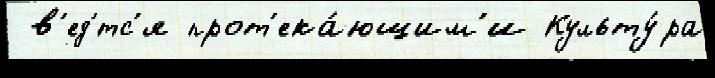
 в'ед'́тс'я прот'ека́ющим'и Культу́ра